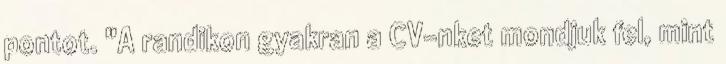
pontot. "A randikon gyakran a CV-nket mondjuk fel, mint